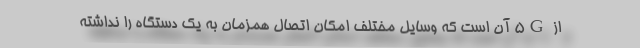
از 5G آن است که وسایل مختلف امکان اتصال همزمان به یک دستگاه را نداشته